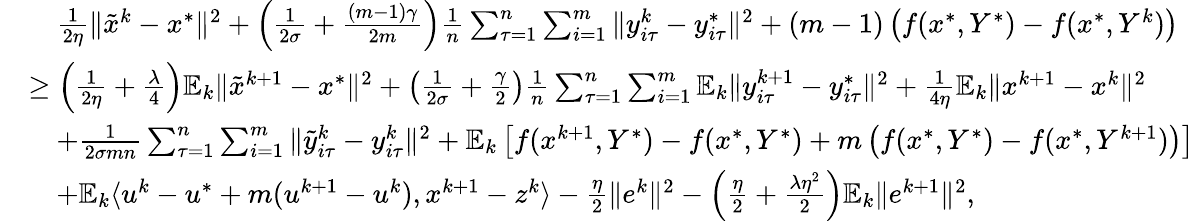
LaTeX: \begin{array}{rl}&{\quad\frac{1}{2\eta}\| {\tilde{x}}^{k}-x^{*}\| ^{2}+\left(\frac{1}{2\sigma}+\frac{(m-1)\gamma}{2m}\right)\frac{1}{n}\sum_{\tau=1}^{n}\sum_{i=1}^{m}\| y_{i\tau}^{k}-y_{i\tau}^{*}\| ^{2}+(m-1)\left(f(x^{*},Y^{*})-f(x^{*},Y^{k})\right)}\\ &{\geq\left(\frac{1}{2\eta}+\frac{\lambda}{4}\right)\mathbb{E}_{k}\| {\tilde{x}}^{k+1}-x^{*}\| ^{2}+\left(\frac{1}{2\sigma}+\frac{\gamma}{2}\right)\frac{1}{n}\sum_{\tau=1}^{n}\sum_{i=1}^{m}\mathbb{E}_{k}\| y_{i\tau}^{k+1}-y_{i\tau}^{*}\| ^{2}+\frac{1}{4\eta}\mathbb{E}_{k}\| x^{k+1}-x^{k}\| ^{2}}\\ &{\quad+\frac{1}{2\sigma mn}\sum_{\tau=1}^{n}\sum_{i=1}^{m}\| {\tilde{y}}_{i\tau}^{k}-y_{i\tau}^{k}\| ^{2}+\mathbb{E}_{k}\left[f(x^{k+1},Y^{*})-f(x^{*},Y^{*})+m\left(f(x^{*},Y^{*})-f(x^{*},Y^{k+1})\right)\right]}\\ &{\quad+\mathbb{E}_{k}\langle u^{k}-u^{*}+m(u^{k+1}-u^{k}),x^{k+1}-z^{k}\rangle-\frac{\eta}{2}\| e^{k}\| ^{2}-\left(\frac{\eta}{2}+\frac{\lambda\eta^{2}}{2}\right)\mathbb{E}_{k}\| e^{k+1}\| ^{2},}\end{array}